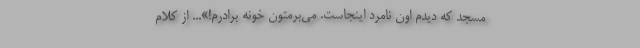
مسجد که دیدم اون نامرد اینجاست. می‌برمتون خونه برادرم!»... از کلام